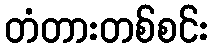
တံတားတစ်စင်း